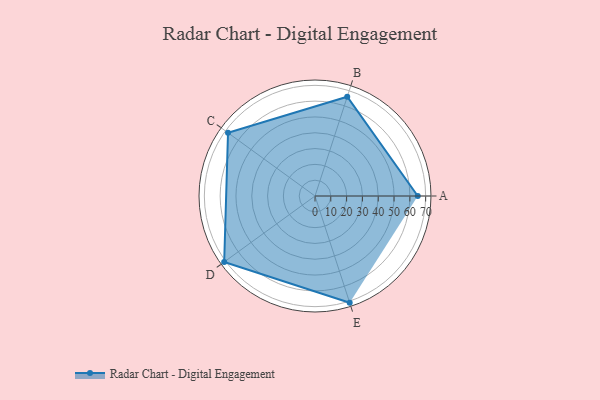
{"axis": {"x": "Skill", "y": "Score"}, "legend": ["Profile"], "data": [{"x": "A", "y": 65.0, "type": "Profile"}, {"x": "B", "y": 66.0, "type": "Profile"}, {"x": "C", "y": 68.0, "type": "Profile"}, {"x": "D", "y": 71.0, "type": "Profile"}, {"x": "E", "y": 71.0, "type": "Profile"}]}